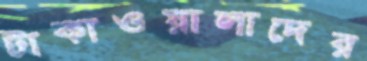
টাকাওয়ালাদের